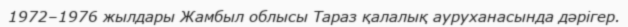
1972–1976 жылдары Жамбыл облысы Тараз қалалық ауруханасында дәрігер.